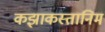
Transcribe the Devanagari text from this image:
कझाकस्तानिम